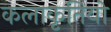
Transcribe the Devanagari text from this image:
कलाकृतियो